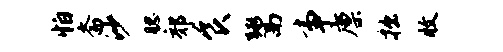
怕斋沙腮郊食鬻事廪拙收